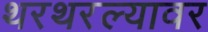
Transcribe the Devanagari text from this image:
थरथरल्यावर